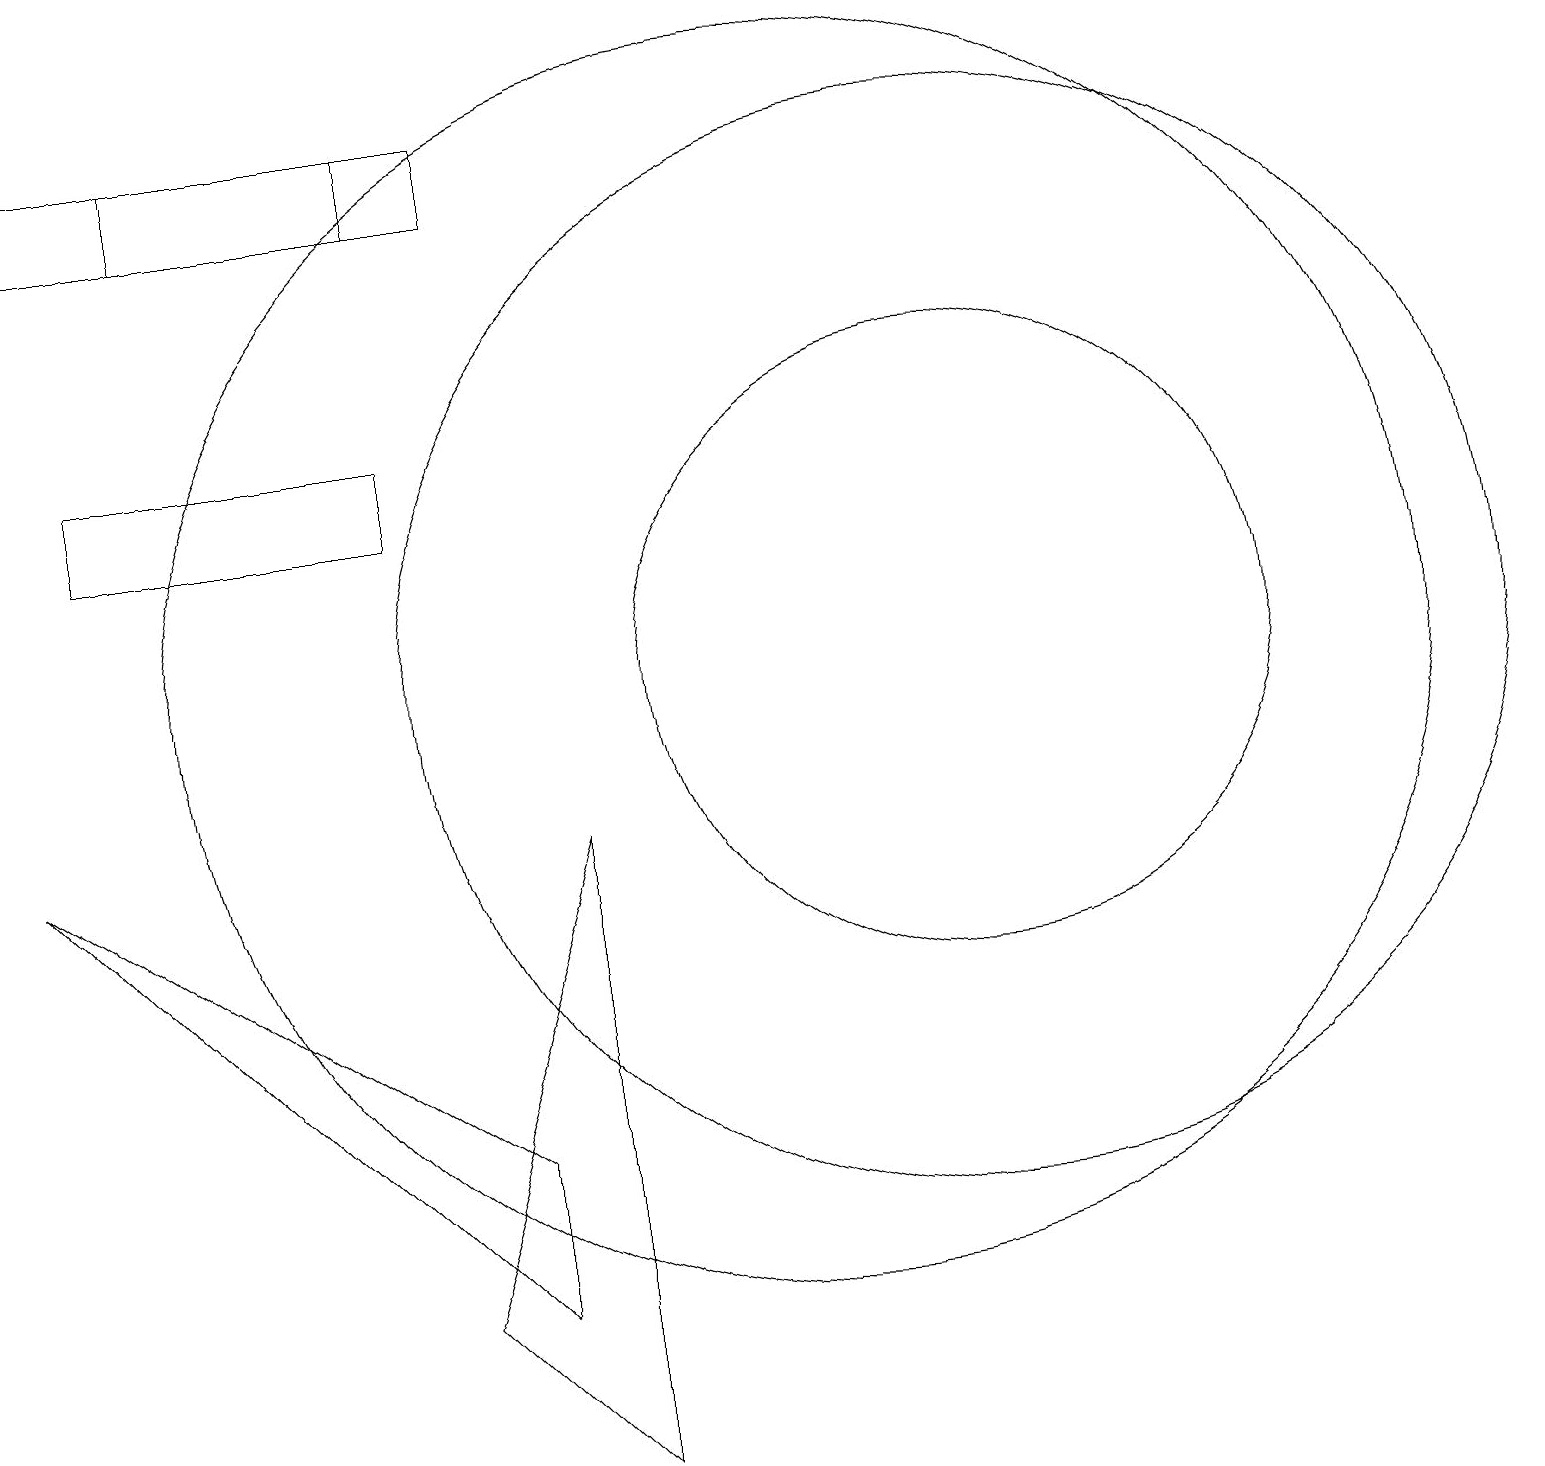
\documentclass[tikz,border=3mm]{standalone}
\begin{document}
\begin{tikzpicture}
\draw (10,10) circle (8);
\draw (12,10) circle (7);
\draw (12,10) circle (4);
\draw (6,2) -- (0,8) -- (6,4) -- cycle;
\draw (5,2) -- (7,0) -- (7,8) -- cycle;
\draw (0,17) rectangle (6,16);
\draw (5,13) rectangle (1,12);
\draw (2,16) rectangle (5,17);
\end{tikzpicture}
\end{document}